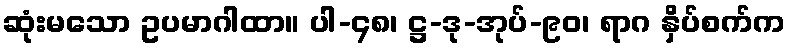
ဆုံးမသော ဥပမာဂါထာ။ ပါ-၄၈၊ ဋ္ဌ-ဒု-အုပ်-၉၀၊ ရာဂ နှိပ်စက်က